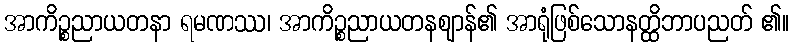
အာကိဉ္စညာယတနာ ရမဏဿ၊ အာကိဉ္စညာယတနဈာန်၏ အာရုံဖြစ်သောနတ္ထိဘာပညတ် ၏။